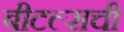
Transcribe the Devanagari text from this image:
बीटल्सची